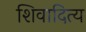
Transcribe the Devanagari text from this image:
शिवादित्य